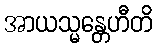
အာယသ္မန္တေဟီတိ